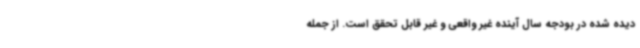
دیده شده در بودجه سال آینده غیر واقعی و غیر قابل تحقق است. از جمله